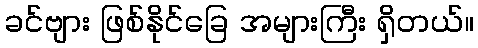
ခင်ဗျား ဖြစ်နိုင်ခြေ အများကြီး ရှိတယ်။